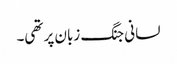
لسانی جنگ زبان پر تھی۔